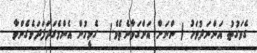
ގެވަގުތު އަންނަދުވަހު ( ންނަށް އަންގަވާނެތެވެ.)  ގެމީހުން އެންމެގަދަފަދަވެގެންވާ